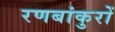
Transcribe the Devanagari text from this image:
रणबांकुरों